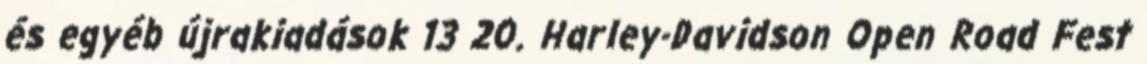
és egyéb újrakiadások 13 20. Harley-Davidson Open Road Fest